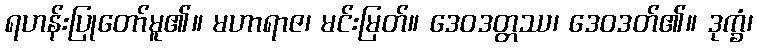
ရဟန်းပြုတော်မူ၏။ မဟာရာဇ၊ မင်းမြတ်။ ဒေဝဒတ္တဿ၊ ဒေဝဒတ်၏။ ဒုက္ခံ၊